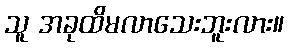
သူ အခုထိမလာသေးဘူးလား။